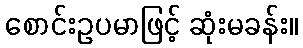
စောင်းဥပမာဖြင့် ဆုံးမခန်း။